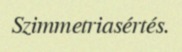
Szimmetriasértés.